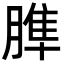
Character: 𦞠